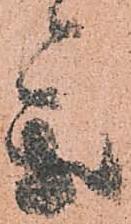
参